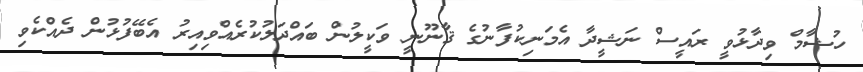
ހުޝާމް ވިދާޅުވީ ރައީސް ނަޝީދާ އެމަނިކުފާނުގެ ޤާނޫނީ ވަކީލުން ބައްދަލުކުރެއްވިއިރު އެބޭފުޅުން ދެއްކެވި